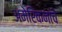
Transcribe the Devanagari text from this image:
अमेरिकनांचे